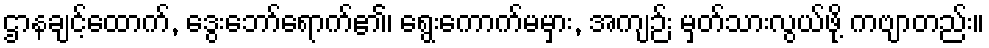
ဌာနချင့်ထောက်, ဒွေးဘော်ရောက်၏၊ ရွေးကောက်မမှား, အကျဉ်း မှတ်သားလွယ်ဖို့ ကဗျာတည်း။